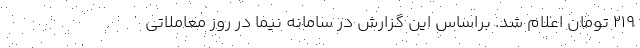
۲۱۹ تومان اعلام شد. براساس این گزارش در سامانه نیما در روز معاملاتی